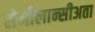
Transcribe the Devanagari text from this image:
सेमीलान्सीअता